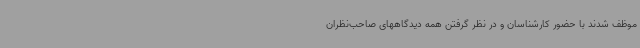
موظف شدند با حضور کارشناسان و در نظر گرفتن همه دیدگاههای صاحب‌نظران